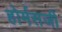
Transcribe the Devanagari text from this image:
होर्मसजी